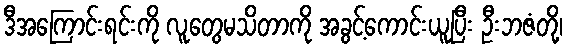
ဒီအကြောင်းရင်းကို လူတွေမသိတာကို အခွင့်ကောင်းယူပြီး ဦးဘဇံတို့၊